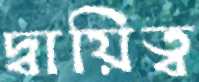
দ্বায়িত্ব